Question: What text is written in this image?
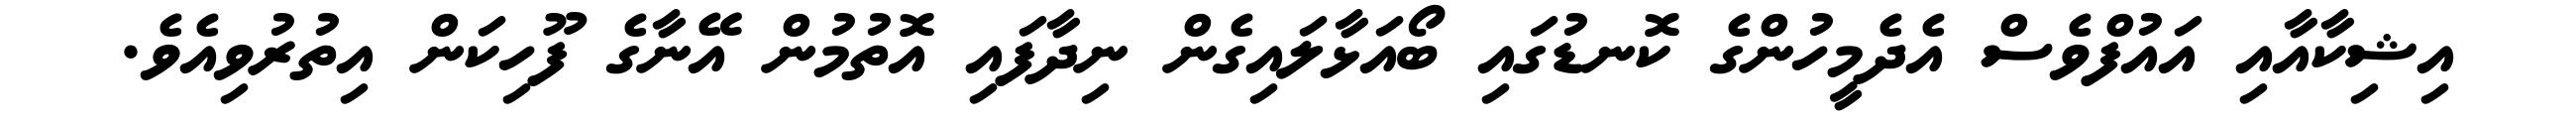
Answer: އިޝިކާއާއި އައުފްވެސް އެދެމީހުންގެ ކޮނޑުގައި ބޯއަޅާލައިގެން ނިދާފައި އޮތުމުން އޭނާގެ ފޫހިކަން އިތުރުވިއެވެ.